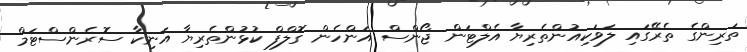
ތަރިންގެ ތެރޭގައި ލަވަކިއުންތެރިޔާ އެލްޓަން ޖޯންސް އަންހެން ގޮލްފް ކުޅުންތެރިޔާ އަނިކާ ސޮރެންސްޓަމް